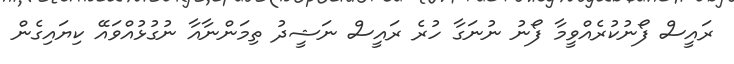
ރައީސް ފޯނުކުރެއްވީމާ ފޯނު ނުނަގާ ހުރެ ރައީސް ނަޝީދު ތިމަންނާއާ ނުގުޅުއްވައޭ ކިޔައިގެން